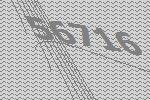
56716